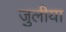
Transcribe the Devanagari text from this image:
जुलीया